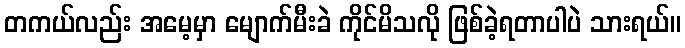
တကယ်လည်း အမေ့မှာ မျောက်မီးခဲ ကိုင်မိသလို ဖြစ်ခဲ့ရတာပါပဲ သားရယ်။